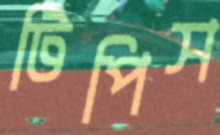
টিপিস